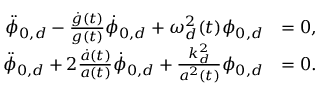
\begin{array} { r l } { \ddot { \phi } _ { 0 , d } - \frac { \dot { g } ( t ) } { g ( t ) } \dot { \phi } _ { 0 , d } + \omega _ { d } ^ { 2 } ( t ) \phi _ { 0 , d } } & { = 0 , } \\ { \ddot { \phi } _ { 0 , d } + 2 \frac { \dot { a } ( t ) } { a ( t ) } \dot { \phi } _ { 0 , d } + \frac { k _ { d } ^ { 2 } } { a ^ { 2 } ( t ) } \phi _ { 0 , d } } & { = 0 . } \end{array}